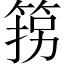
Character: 箉